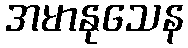
အမာနုသေန